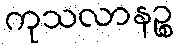
ကုသလာနဉ္စ